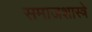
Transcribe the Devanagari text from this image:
समाजशास्त्रे